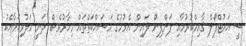
ސީ އައުޓްފޯލް ޤާއިމްކުރުމާއި ޕަންޕިން ލައިން އެޅުމުގެ މަސައްކަތްތައް މިހާރުވެސް ދަނީ ހަލުވިކަމާއެކު